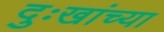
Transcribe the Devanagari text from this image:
दुःखांच्या